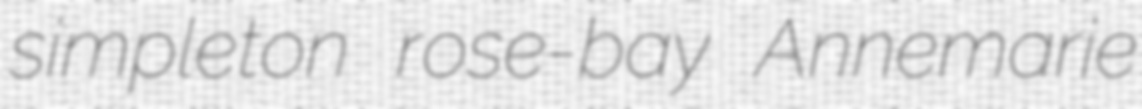
simpleton rose-bay Annemarie